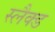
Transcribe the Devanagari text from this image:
स्लैक्ड